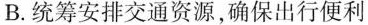
B.统筹安排交通资源确保出行便利